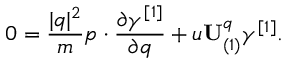
0 = \frac { \vert q \vert ^ { 2 } } { m } p \cdot \frac { \partial \gamma ^ { [ 1 ] } } { \partial q } + u \mathbf { U } _ { ( 1 ) } ^ { q } \gamma ^ { [ 1 ] } .